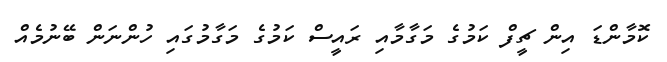
ކޮމާންޑަ އިން ޗީފް ކަމުގެ މަގާމާއި ރައީސް ކަމުގެ މަގާމުގައި ހުންނަން ބޭނުމެއް